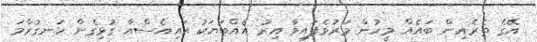
އޭގެ ތެރެއިން ބައެއް މީހުން މަރުވެފައިވާ އިރު އެއްބަޔަކު އައިއެސްއާ ގުޅިގެން ހަނގުރާމަ